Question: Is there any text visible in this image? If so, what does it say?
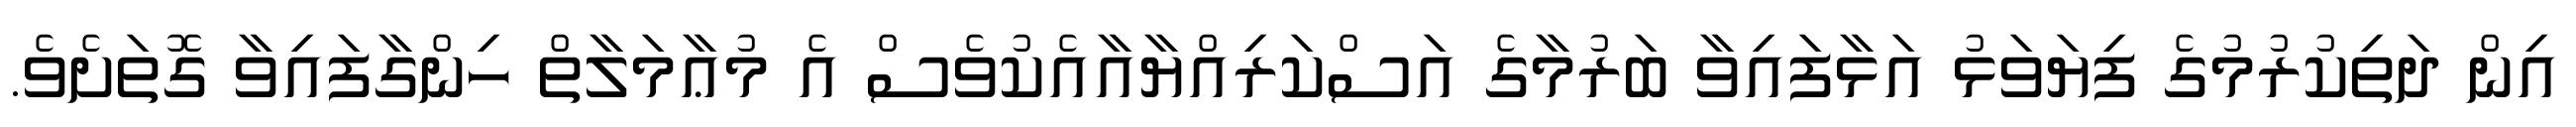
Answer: އިން ދަތިކުރުމުގެ ފިޔަވަޅު އަޅާފައިވާ ބަރުމާގެ އަސްކަރިއްޔާއާއެކުވެސް އެ މުޢާމަލާތް ހިންގާފައިވާ ގޮތަށެވެ.